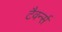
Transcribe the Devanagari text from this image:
टैवर्न्स